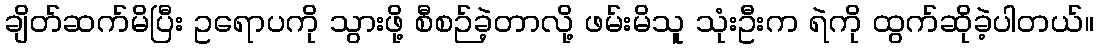
ချိတ်ဆက်မိပြီး ဥရောပကို သွားဖို့ စီစဉ်ခဲ့တာလို့ ဖမ်းမိသူ သုံးဦးက ရဲကို ထွက်ဆိုခဲ့ပါတယ်။